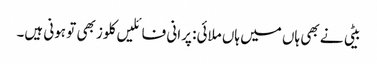
بیٹی نے بھی ہاں میں ہاں ملائی: پرانی فائلیں کلوز بھی تو ہونی ہیں۔